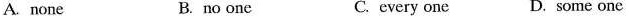
A. none B. no one C. every one D. some one